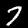
Digit: 7